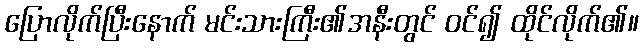
ပြောလိုက်ပြီးနောက် မင်းသားကြီး၏အနီးတွင် ဝင်၍ ထိုင်လိုက်၏။